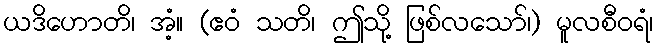
ယဒိဟောတိ၊ အံ့။ (ဧဝံ သတိ၊ ဤသို့ ဖြစ်လသော်၊) မူလစီဝရံ၊